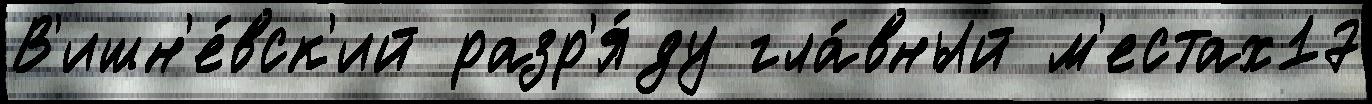
В'ишн'е́вск'ий разр'я́ду гла́вный м'естах17